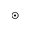
_ { \odot }